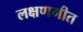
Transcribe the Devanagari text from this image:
लक्षणगीत